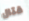
قتال